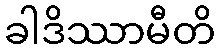
ခါဒိဿာမီတိ